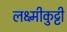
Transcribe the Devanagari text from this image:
लक्ष्मीकुट्टी